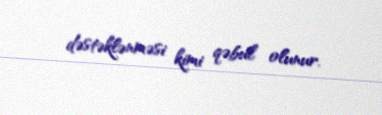
dəstəklənməsi kimi qəbul olunur.